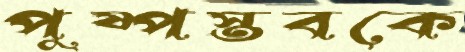
পুষ্পস্তবকে